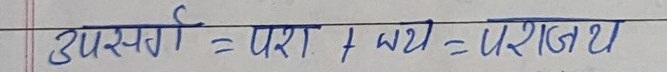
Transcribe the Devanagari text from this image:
उपसर्ग = परा + जय = पराजय